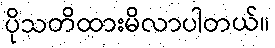
ပိုသတိထားမိလာပါတယ်။